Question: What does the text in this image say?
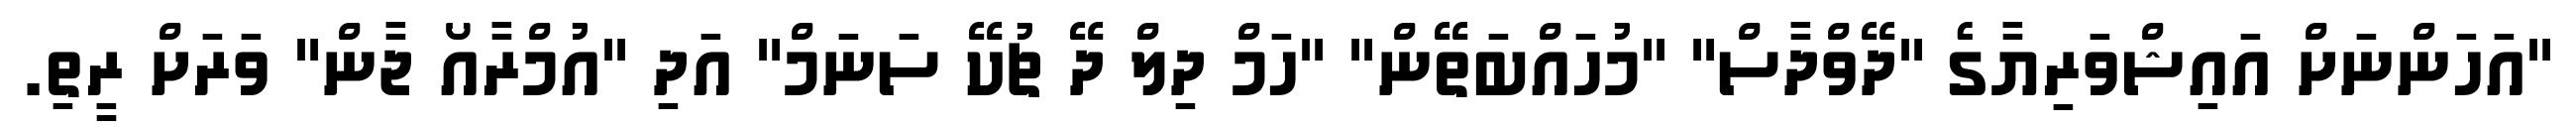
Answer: "އަހަންނަށް އައިޝްވަރިޔާގެ "ދޭވްދާސް" "މުހައްބަތޭން" "ހަމް ދިލް ދޭ ޗުކޭ ސަނަމް" އަދި "އުމްރާއޯ ޖާން" ވަރަށް ރީތި.